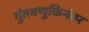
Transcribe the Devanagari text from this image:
गुंतवणुकिनंतर